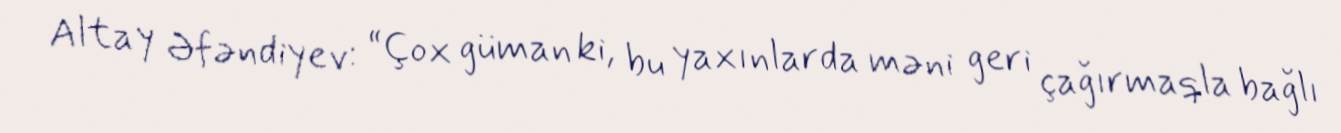
Altay Əfəndiyev: “Çox güman ki, bu yaxınlarda məni geri çağırmaqla bağlı